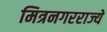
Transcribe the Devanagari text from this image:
मित्रनगरराज्ये